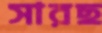
সারছ